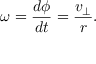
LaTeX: \omega = { \frac { d \phi } { d t } } = { \frac { v _ { \perp } } { r } } .